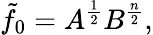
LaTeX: \tilde{f}_{0}=A^{\frac{1}{2}}B^{\frac{n}{2}},